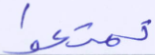
تمتعوا